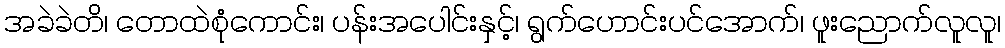
အခဲခဲတိ၊ တောထဲစုံကောင်း၊ ပန်းအပေါင်းနှင့်၊ ရွက်ဟောင်းပင်အောက်၊ ဖူးညောက်လူလူ၊